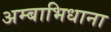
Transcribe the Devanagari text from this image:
अम्बाभिधाना